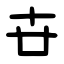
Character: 卋